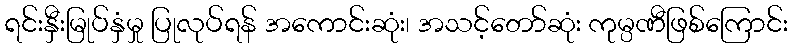
ရင်းနှီးမြုပ်နှံမှု ပြုလုပ်ရန် အကောင်းဆုံး၊ အသင့်တော်ဆုံး ကုမ္ပဏီဖြစ်ကြောင်း